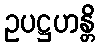
ဥပဋ္ဌဟန္တိ